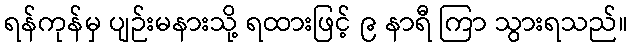
ရန်ကုန်မှ ပျဉ်းမနားသို့ ရထားဖြင့် ၉ နာရီ ကြာ သွားရသည်။